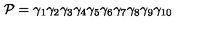
{ \cal P } = { \gamma } _ { 1 } { \gamma } _ { 2 } { \gamma } _ { 3 } { \gamma } _ { 4 } { \gamma } _ { 5 } { \gamma } _ { 6 } { \gamma } _ { 7 } { \gamma } _ { 8 } { \gamma } _ { 9 } { \gamma } _ { 1 0 }